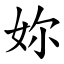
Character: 妳